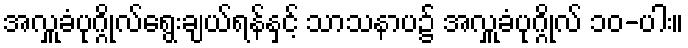
အလှူခံပုဂ္ဂိုလ်ရွေးချယ်ရန်နှင့် သာသနာပ၌ အလှူခံပုဂ္ဂိုလ် ၁၀-ပါး။